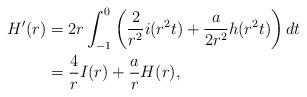
LaTeX: \begin{align*}H'(r) & = 2r \int_{-1}^0 \left(\frac{2}{r^2} i(r^2 t) + \frac{a}{2 r^2} h(r^2 t)\right) dt\\& = \frac 4r I(r) + \frac{a}{r} H(r),\end{align*}